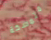
متمسكة